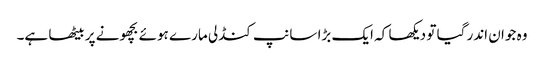
وہ جوان اندر گیا تو دیکھا کہ ایک بڑا سانپ کنڈلی مارے ہوئے بچھونے پر بیٹھا ہے۔